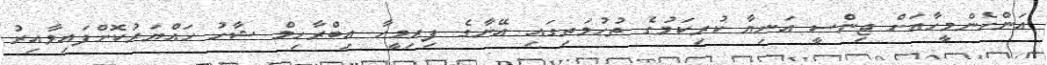
އަންހެންމީހާއަށް ޖިންސީ އަނިޔާ ކުރިކަމުގެ ތުހުމަތިގައި އޭނާގެ ފިރިމީހާ އިބްރާހިމް ޝާހު ހައްޔަރުކޮށްފައިވާއިރު